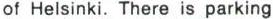
of Helsinki. There is parking